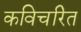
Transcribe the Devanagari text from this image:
कविचरित